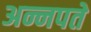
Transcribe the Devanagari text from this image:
अन्नपते